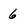
Character: 6